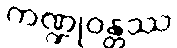
ကဏ္ဍုဝန္တဿ